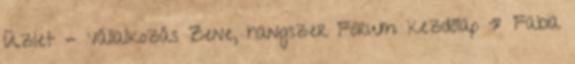
Üzlet - Vállalkozás Zene, hangszer Fórum kezdőlap » Fabia